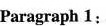
Paragraph 1: